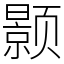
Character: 颢